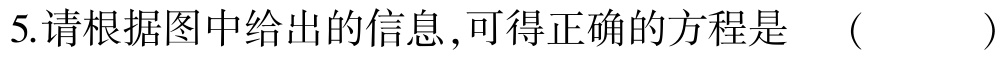
5.请根据图中给出的信息,可得正确的方程是 （ ）